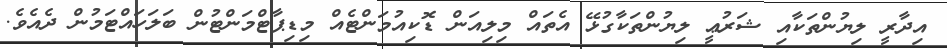
އިދާރީ ލިޔުންތަކާއި ޝަރުޢީ ލިޔުންތަކާގުޅޭ އެތައް މިލިއަން ޑޮކިއުމަންޓެއް މިޑިޕާޓްމަންޓުން ބަލަހައްޓަމުން ދެއެވެ.